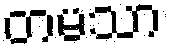
တမသာ